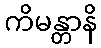
ကိမန္တာနိ